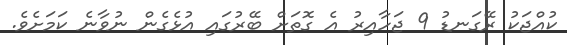
ކުއްޖަކު ރޭގަނޑު 9 ޖަހާއިރު އެ ގޮތަށް ބޭރުގައި އުޅެެގެން ނުވާނެ ކަމަށެވެ.